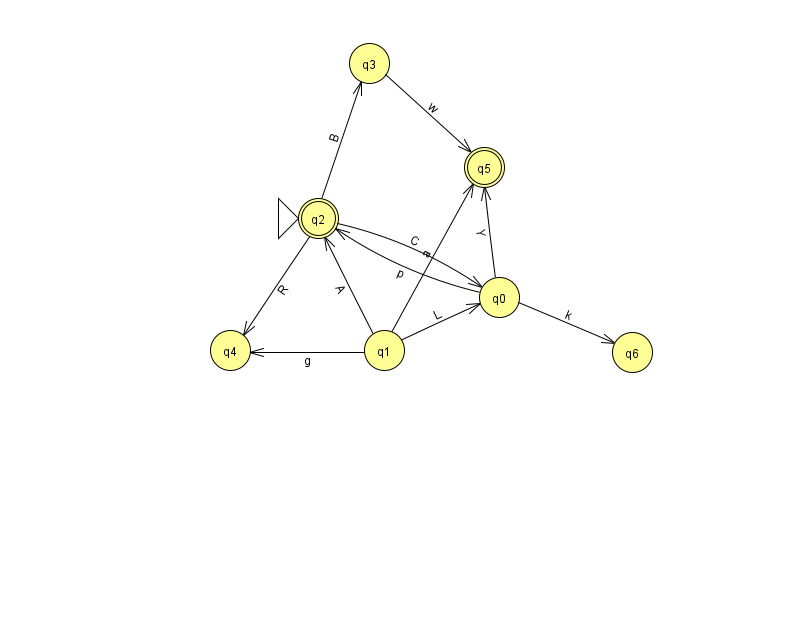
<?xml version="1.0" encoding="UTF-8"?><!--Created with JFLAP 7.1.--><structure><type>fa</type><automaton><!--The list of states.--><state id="0" name="q0"><x>499.0</x><y>284.0</y></state><state id="1" name="q1"><x>384.0</x><y>337.0</y></state><state id="2" name="q2"><x>318.0</x><y>205.0</y><initial/><final/></state><state id="3" name="q3"><x>369.0</x><y>50.0</y></state><state id="4" name="q4"><x>230.0</x><y>337.0</y></state><state id="5" name="q5"><x>484.0</x><y>154.0</y><final/></state><state id="6" name="q6"><x>632.0</x><y>339.0</y></state><!--The list of transitions.--><transition><from>2</from><to>4</to><read>R</read></transition><transition><from>0</from><to>6</to><read>k</read></transition><transition><from>2</from><to>3</to><read>B</read></transition><transition><from>1</from><to>5</to><read>a</read></transition><transition><from>0</from><to>5</to><read>Y</read></transition><transition><from>1</from><to>2</to><read>A</read></transition><transition><from>3</from><to>5</to><read>w</read></transition><transition><from>1</from><to>0</to><read>L</read></transition><transition><from>1</from><to>4</to><read>g</read></transition><transition><from>2</from><to>0</to><read>C</read></transition><transition><from>0</from><to>2</to><read>p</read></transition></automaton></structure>